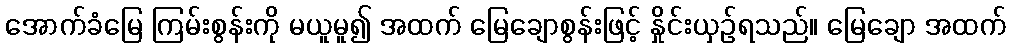
အောက်ခံမြေ ကြမ်းစွန်းကို မယူမူ၍ အထက် မြေချောစွန်းဖြင့် နှိုင်းယှဉ်ရသည်။ မြေချော အထက်